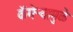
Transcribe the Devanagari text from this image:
कॅमेऱ्यामुळे